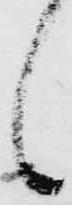
候